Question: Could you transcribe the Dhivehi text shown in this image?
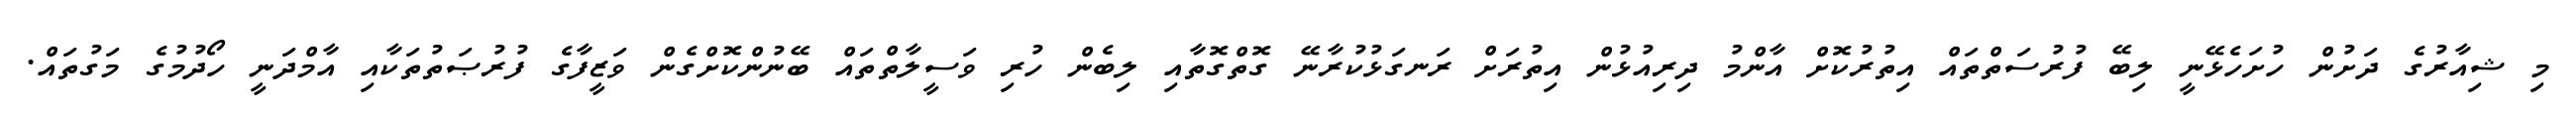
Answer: މި ޝިއާރުގެ ދަށުން ހުށަހެޅޭނީ ލިބޭ ފުރުސަތްތައް އިތުރުކޮށް އާންމު ދިރިއުޅުން އިތުރަށް ރަނގަޅުކުރާނޭ ގޮތްގޮތާއި ލިބެން ހުރި ވަސީލާތްތައް ބޭނުންކޮށްގެން ވަޒީފާގެ ފުރުޞަތުތަކާއި އާމްދަނީ ހޯދުމުގެ މަގުތައް.